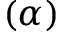
( \alpha )